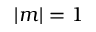
| m | = 1